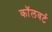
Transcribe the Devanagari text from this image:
कॉलवर्ट